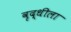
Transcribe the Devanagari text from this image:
वृद्धीला